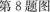
第8题图